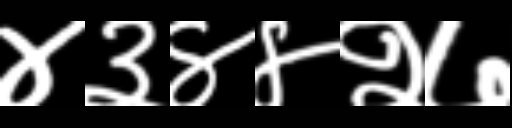
Text: ४३४४२७